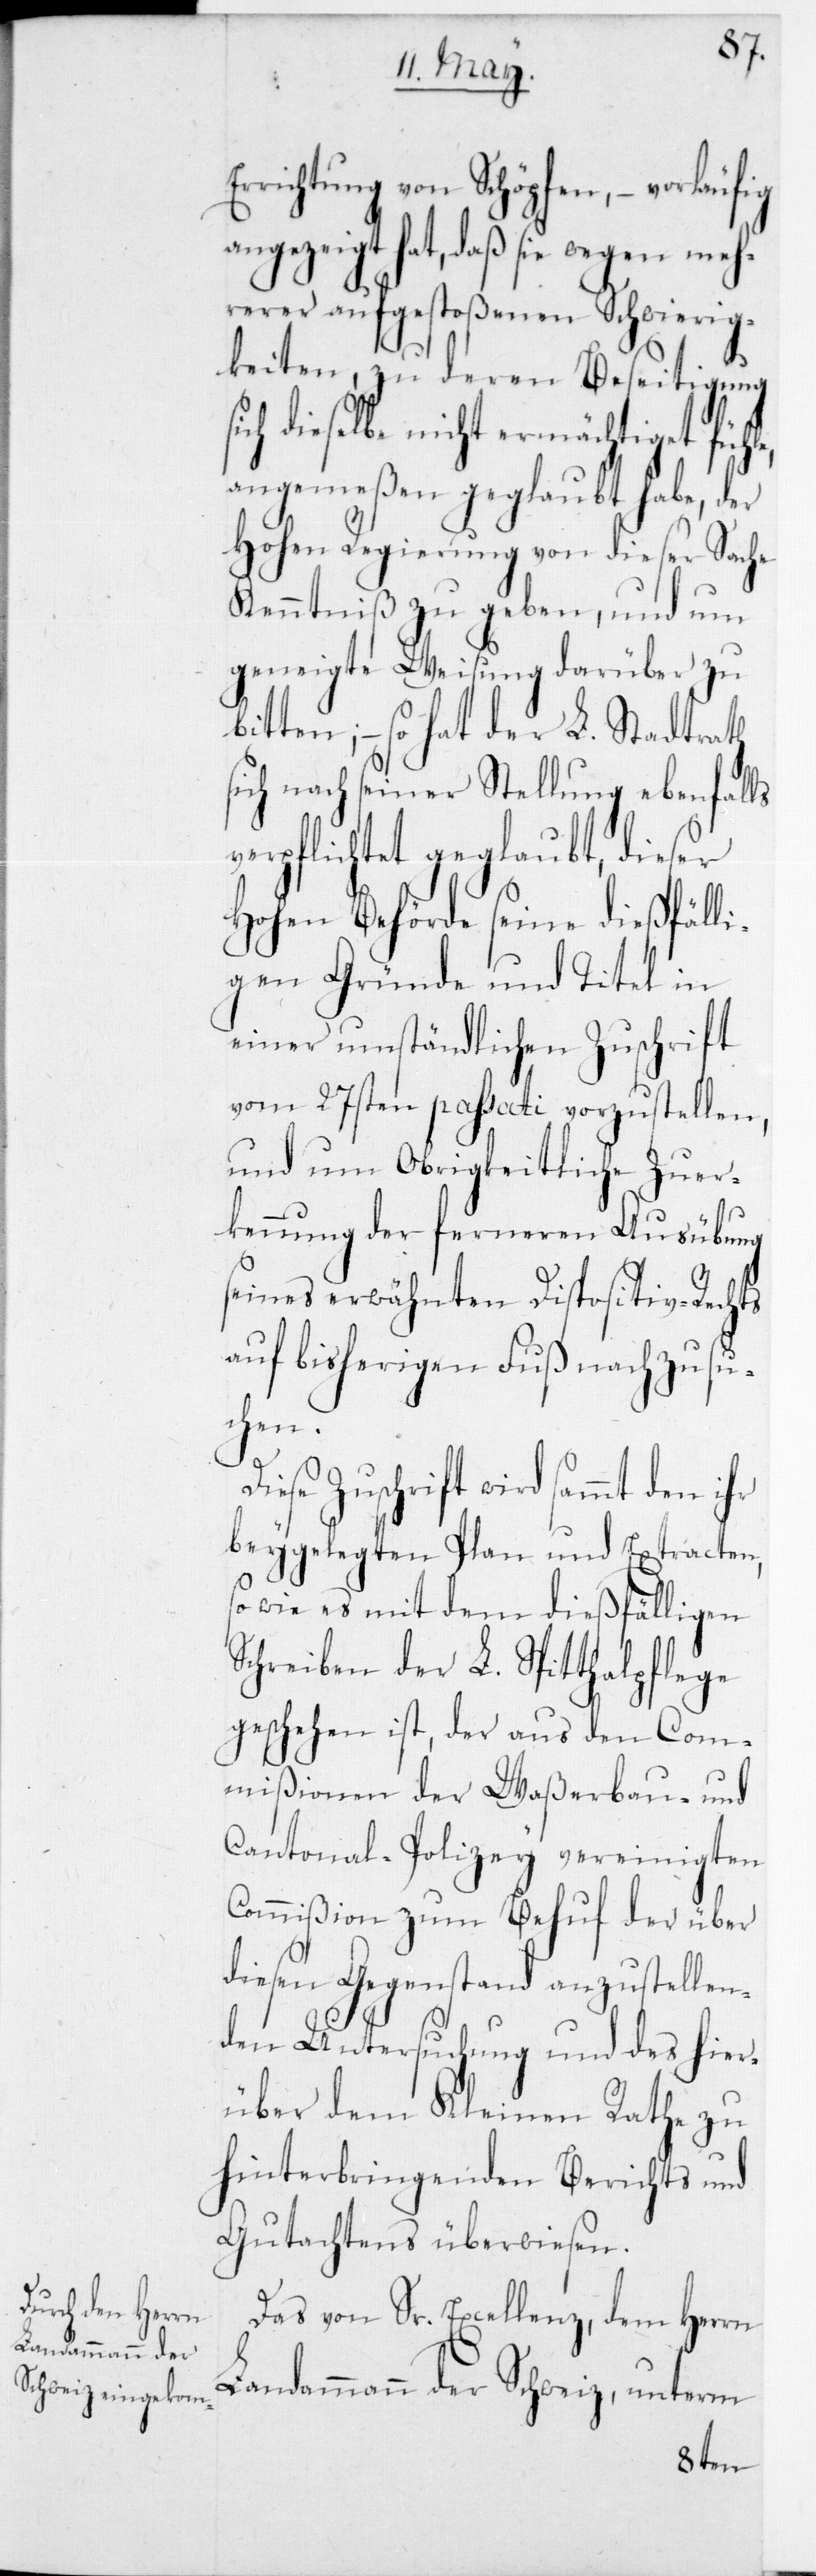
Errichtung von
–
angezeigt hat, daß
meh¬
rerer aufgestoßenen
und
keiten, zu deren Beseitigung
sich dieselbe nicht ermä¬
bt hab¬
angemeßen geglau¬
e, der
Hohen Regierung von
Sache
Kenntniß zu geben,
geneigte Weisung
zu
bitten, – so hat der L. Stadtrath
sich nach seiner Stellung ebenfalls
verpflichtet geglaubt, dieser
Hohen Behörde seine dießfälli¬
gen Gründe und Titel in
einer umständlichen Zuschrift
vom 27sten passati vorzustellen,
und um Obrigkeitliche Zuer¬
kennung der ferneren Ausübung
seines erwähnten Dispositiv-Rechts
auf bisherigen Fuß nachzusu¬
chen.
se Zuschrift wird sammt den ihr
beigelegten Plan und Extracten,
sowie es mit dem dießfälligen
Schreiben der L. Spitthalpflege
geschehen ist, der aus den Com¬
mißionen der Waßerbau- und
Cantonal-Polizey vereinigten
Commißion zum Behuf der über
diesen Gegenstand anzustellen¬
den Untersuchung und des hier¬
über dem Kleinen Rathe zu
hinterbringenden Berichts und
Gutachtens überwiesen.
Das von Sr. Excellenz, dem Herrn
Landammann der Schweiz, unterm
Die¬